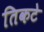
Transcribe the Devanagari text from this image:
तिकटे